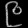
Digit: ၉